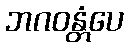
ဘဂဝန္တံပေ